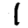
Digit: 1